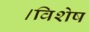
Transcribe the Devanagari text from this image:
।विशेष